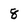
Character: 8